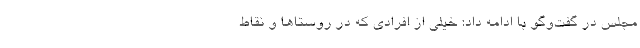
مجلس در گفت‌وگو با ادامه داد: خیلی از افرادی که در روستاها و نقاط